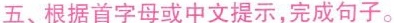
五、根据首字母或中文提示,完成句子。